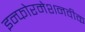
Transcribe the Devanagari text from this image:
इन्फोरमेशनवीक